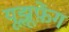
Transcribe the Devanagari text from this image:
यूझूफ़ेंग